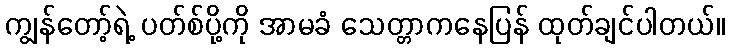
ကျွန်တော့်ရဲ့ ပတ်စ်ပို့ကို အာမခံ သေတ္တာကနေပြန် ထုတ်ချင်ပါတယ်။